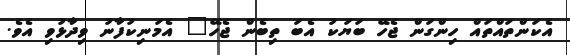
އެކަންތައްތައް ހިންގަން ޖެހޭ ބަޔަކު އެބަ ތިބެން ޖެހޭ" އެމަނިކުފާނު ވިދާޅުވި އެވެ.